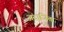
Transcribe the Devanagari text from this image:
अंदाजिता